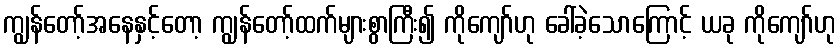
ကျွန်တော့်အနေနှင့်တော့ ကျွန်တော့်ထက်များစွာကြီး၍ ကိုကျော်ဟု ခေါ်ခဲ့သောကြောင့် ယခု ကိုကျော်ဟု